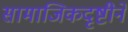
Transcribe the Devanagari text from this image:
सामाजिकदृष्टीने